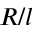
R / l